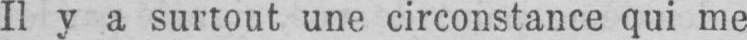
Il y a surtout une circonstance qui me